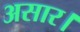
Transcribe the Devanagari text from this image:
असार।